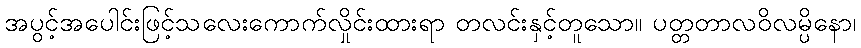
အပွင့်အပေါင်းဖြင့်သလေးကောက်လှိုင်းထားရာ တလင်းနှင့်တူသော။ ပတ္တတာလဝိလမ္ပိနော၊